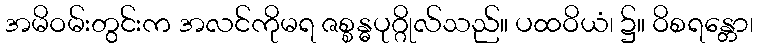
အမိဝမ်းတွင်းက အလင်ကိုမရ ဇစ္စန္ဓပုဂ္ဂိုလ်သည်။ ပထဝိယံ၊ ၌။ ဝိစရန္တော၊